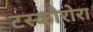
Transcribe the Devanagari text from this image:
टस्कोरोरा